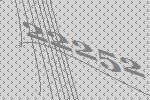
22252